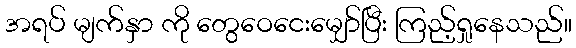
အရပ် မျက်နှာ ကို တွေဝေငေးမျှော်ပြီး ကြည့်ရှုနေသည်။